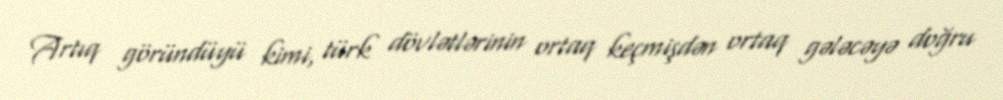
Artıq göründüyü kimi, türk dövlətlərinin ortaq keçmişdən ortaq gələcəyə doğru